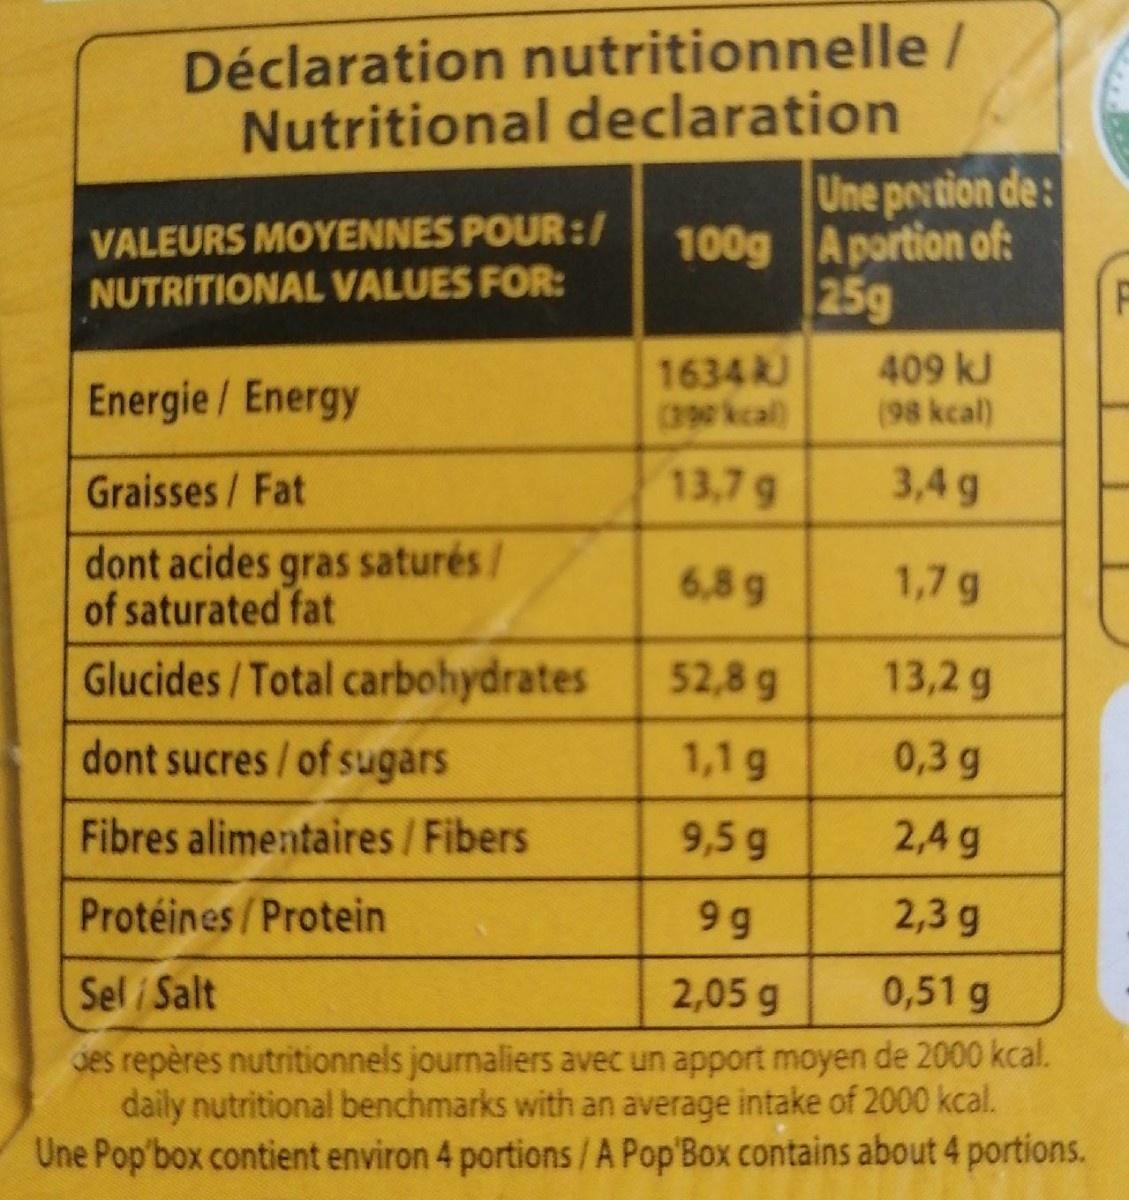
Déclaration nutritionnelle/ Nutritional declaration Une poction de: 100g A portion of: 25g
VALEURS MOYENNES POUR:/
NUTRITIONAL VALUES FOR:
Energie / Energy
1634R (390 kcal)
409 kJ (98 kcal)
Graisses/ Fat
13,7g
3,4 g
dont acides gras saturés/ of saturated fat Glucides/Total carbohydrates
6,8 g
1,7 g
52,8 g
13,2 g
dont sucres / of sugars
1,1 g
0,3 g
Fibres alimentaires/Fibers
9,5 g
2,4 g
Protéines /Protein
9 g
2,3 g
Sel / Salt
2,05 g
0,51 g
ves repères nutritionnels journaliers avec un apport moyen de 2000 kcal. daily nutritional benchmarks with an average intake of 2000 kcal. Une Pop'box contient environ 4 portions/A Pop'Box contains about 4 portions.